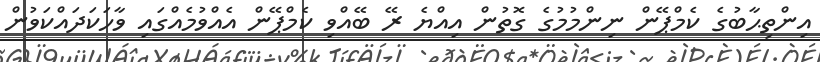
އިންތިޙާބުގެ ކެމްޕޭން ނިންމުމުގެ ގޮތުން އިއްޔެ ރޭ ބޭއްވި ކެމްޕޭން އެއްވުމެއްގައި ވާހަކަދައްކަވުން